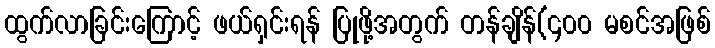
ထွက်လာခြင်းကြောင့် ဖယ်ရှင်းရန် ပြုဖို့အတွက် တန်ချိန်(၄၀၀ မစင်အဖြစ်